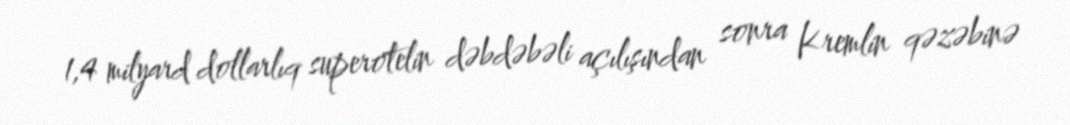
1,4 milyard dollarlıq superotelin dəbdəbəli açılışından sonra Kremlin qəzəbinə